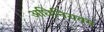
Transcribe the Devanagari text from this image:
अधिनियक्म